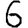
Digit: 6